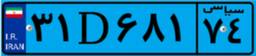
۰۷D۰۷۷۸۵